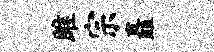
雎宗矗